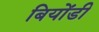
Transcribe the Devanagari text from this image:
बियोंडी